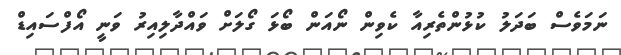
ނަމަވެސް ބަދަލު ކުޅުންތެރިއާ ކެވިން ނޯއަން ބޯޅަ ގޯލަށް ވައްދާލިއިރު ވަނީ އޯފްސައިޑް